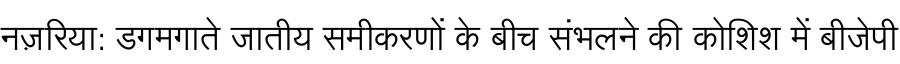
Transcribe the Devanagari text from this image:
नज़रिया: डगमगाते जातीय समीकरणों के बीच संभलने की कोशिश में बीजेपी